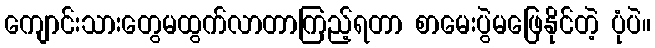
ကျောင်းသားတွေမထွက်လာတာကြည့်ရတာ စာမေးပွဲမဖြေနိုင်တဲ့ ပုံပဲ။